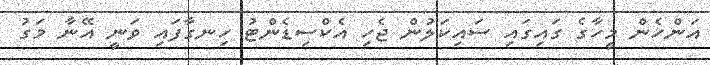
އަންހެން މީހާގެ ގައިގައި ސައިކަލުން ޖެހި އެކްސިޑެންޓު ހިނގާފައި ވަނީ އޭނާ މަގު